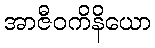
အာဇီဝကိနိယော